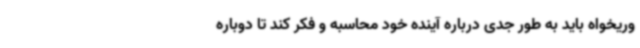
وریخواه باید به طور جدی درباره آینده خود محاسبه و فکر کند تا دوباره